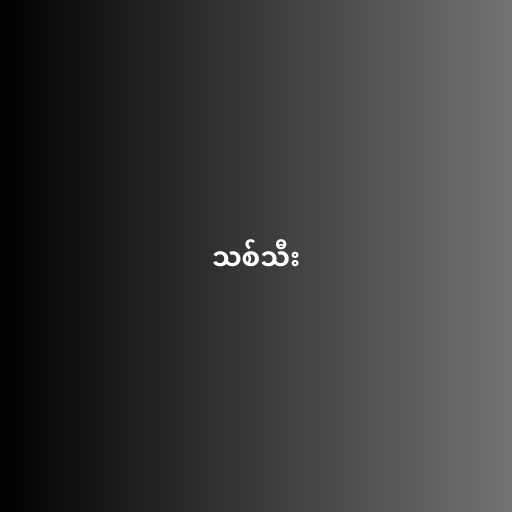
သစ်သီး